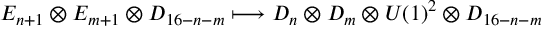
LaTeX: E _ { n + 1 } \otimes E _ { m + 1 } \otimes D _ { 1 6 - n - m } \longmapsto D _ { n } \otimes D _ { m } \otimes U ( 1 ) ^ { 2 } \otimes D _ { 1 6 - n - m }